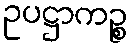
ဥပဋ္ဌာကဉ္စ